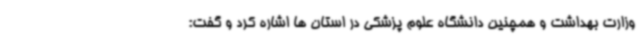
وزارت بهداشت و همچنین دانشگاه علوم پزشکی در استان ها اشاره کرد و گفت: